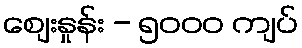
စျေးနှုန်း - ၅၀၀၀ ကျပ်